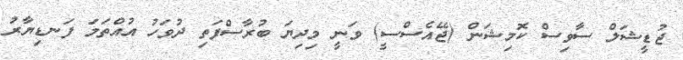
ޖުޑީޝަލް ސާވިސް ކޮމިޝަން (ޖޭއެސްސީ) ވަނީ މިދިޔަ ބުރާސްފަތި ދުވަހު އުއްތަމަ ފަނޑިޔާރު